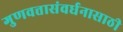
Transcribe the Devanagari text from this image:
गुणवत्तासंवर्धनासाठी